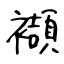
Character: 襭